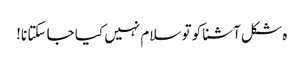
ہ شکل آشنا کو تو سلام نہیں کیا جا سکتا نا!